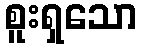
စူးရှသော